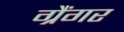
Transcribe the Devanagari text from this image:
ग्रैंगर